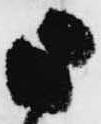
被